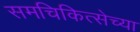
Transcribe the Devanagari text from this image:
समचिकित्सेच्या